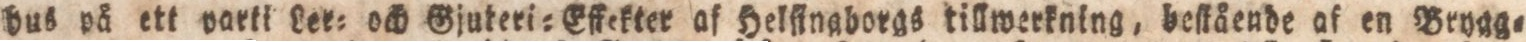
hus på ett parti Ler= och Gjuteri=Effekter af Helſingborgs tillwerkning, beſkående af en Brygg=